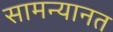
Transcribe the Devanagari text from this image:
सामन्यानत